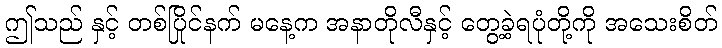
ဤသည် နှင့် တစ်ပြိုင်နက် မနေ့က အနာတိုလီနှင့် တွေ့ခဲ့ရပုံတို့ကို အသေးစိတ်